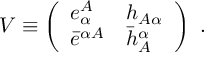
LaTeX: { \cal V } \equiv \left( \begin{array} { l l } { { e _ { \alpha } ^ { A } } } & { { h _ { A \alpha } } } \\ { { \bar { e } ^ { \alpha A } } } & { { \bar { h } _ { A } ^ { \alpha } } } \end{array} \right) \ .